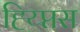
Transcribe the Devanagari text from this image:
ह्य्प्तिस